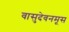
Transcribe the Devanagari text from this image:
वासुदेवनमूस